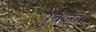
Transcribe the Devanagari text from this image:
युवंजय